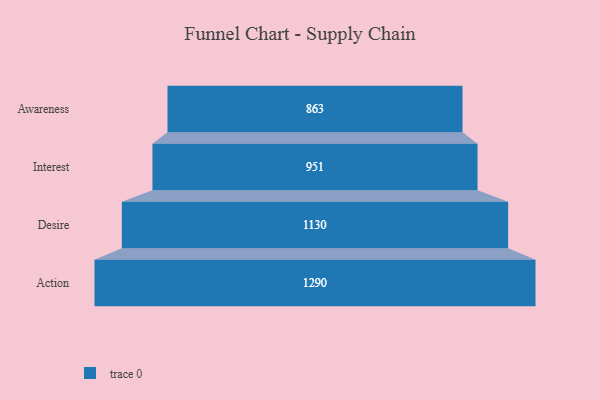
{"axis": {"x": "Stage", "y": "Value"}, "legend": [""], "data": [{"x": "Awareness", "y": 863.0, "type": ""}, {"x": "Interest", "y": 951.0, "type": ""}, {"x": "Desire", "y": 1130.0, "type": ""}, {"x": "Action", "y": 1290.0, "type": ""}]}